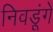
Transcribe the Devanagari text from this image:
निवडूंगे